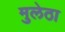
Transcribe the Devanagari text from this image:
मुलेठा